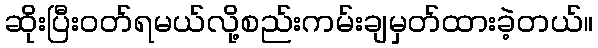
ဆိုးပြီးဝတ်ရမယ်လို့စည်းကမ်းချမှတ်ထားခဲ့တယ်။